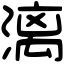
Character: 漓